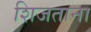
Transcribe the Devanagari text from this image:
शिजताना